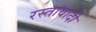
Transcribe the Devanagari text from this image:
रस्तावादी